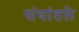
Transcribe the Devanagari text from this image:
संघांतले